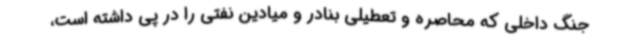
جنگ داخلی که محاصره و تعطیلی بنادر و میادین نفتی را در پی داشته است،